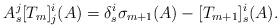
LaTeX: \begin{align*}A^j_s [T_m]^i_j(A) = \delta^i_s\sigma_{m+1}(A)-[T_{m+1}]^i_s(A).\end{align*}